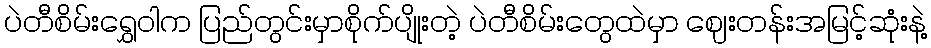
ပဲတီစိမ်းရွှေဝါက ပြည်တွင်းမှာစိုက်ပျိုးတဲ့ ပဲတီစိမ်းတွေထဲမှာ ဈေးတန်းအမြင့်ဆုံးနဲ့